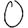
Digit: 0